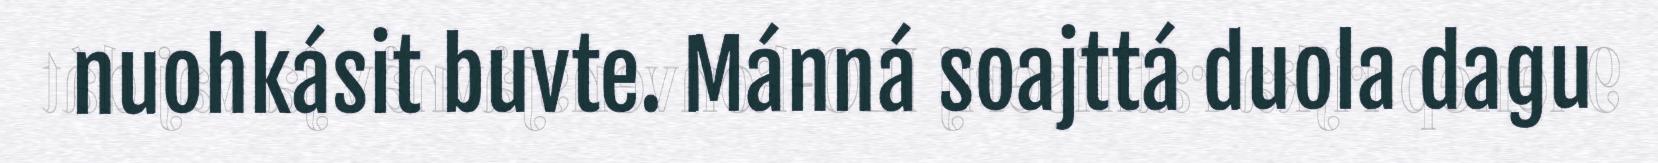
nuohkásit buvte. Mánná soajttá duola dagu